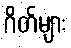
ဂိတ်များ